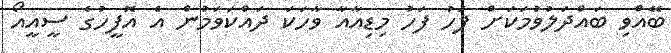
ބޭއްވި ބައްދަލުވުމަކަށް ފަހު ފަހު މިޑިއާއާ ވާހަކަ ދައްކަވަމުން އެ އޮފީހުގެ ސީއީއޯ